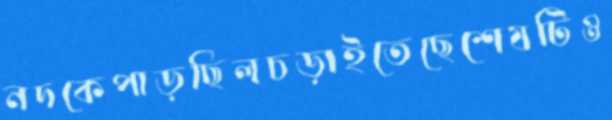
নদকেপাড়ছিলচড়াইতেছেশেষটিও